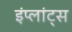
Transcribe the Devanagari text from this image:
इंप्लांट्स